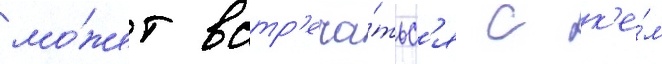
мо́жет встр'еча́тьс'я с к'е́м